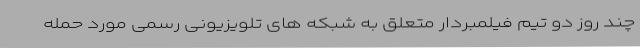
چند روز دو تیم فیلمبردار متعلق به شبکه های تلویزیونی رسمی مورد حمله